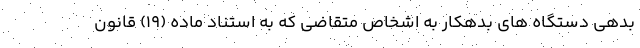
بدهی دستگاه های بدهکار به اشخاص متقاضی که به استناد ماده (۱۹) قانون